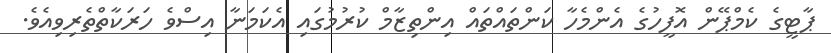
ޕާޓީގެ ކެމްޕޭން އޮފީހުގެ އެންމެހާ ކަންތައްތައް އިންތިޒާމް ކުރުމުގައި އެކަމަނާ އިސްވެ ހަރަކާތްތެރިވިއެވެ.